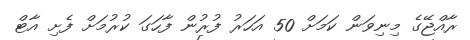
ރާއްޖޭގެ މިނިވަން ކަމަށް 50 އަހަރު ފުރުން ފާހަގަ ކުރުމަށް ފެށި އާޓް